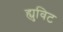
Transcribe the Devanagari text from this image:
ह्युविट